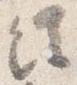
経